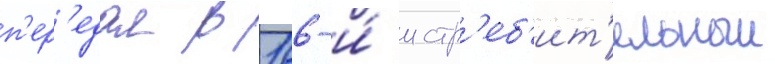
п'ер'едал в 166-и́ истр'еб'ит'ельныи